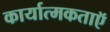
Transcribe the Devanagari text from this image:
कार्यात्मकताऍ